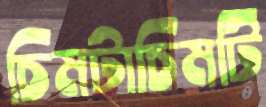
চিমটাচিমটি